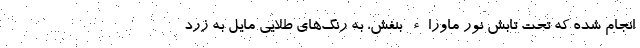
انجام شده که تحت تابش نور ماوراء بنفش، به رنگ‌های طلایی مایل به زرد